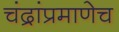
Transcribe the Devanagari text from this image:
चंद्रांप्रमाणेच